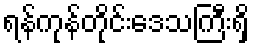
ရန်ကုန်တိုင်းဒေသကြီးရှိ